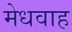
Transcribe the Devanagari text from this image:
मेधवाह